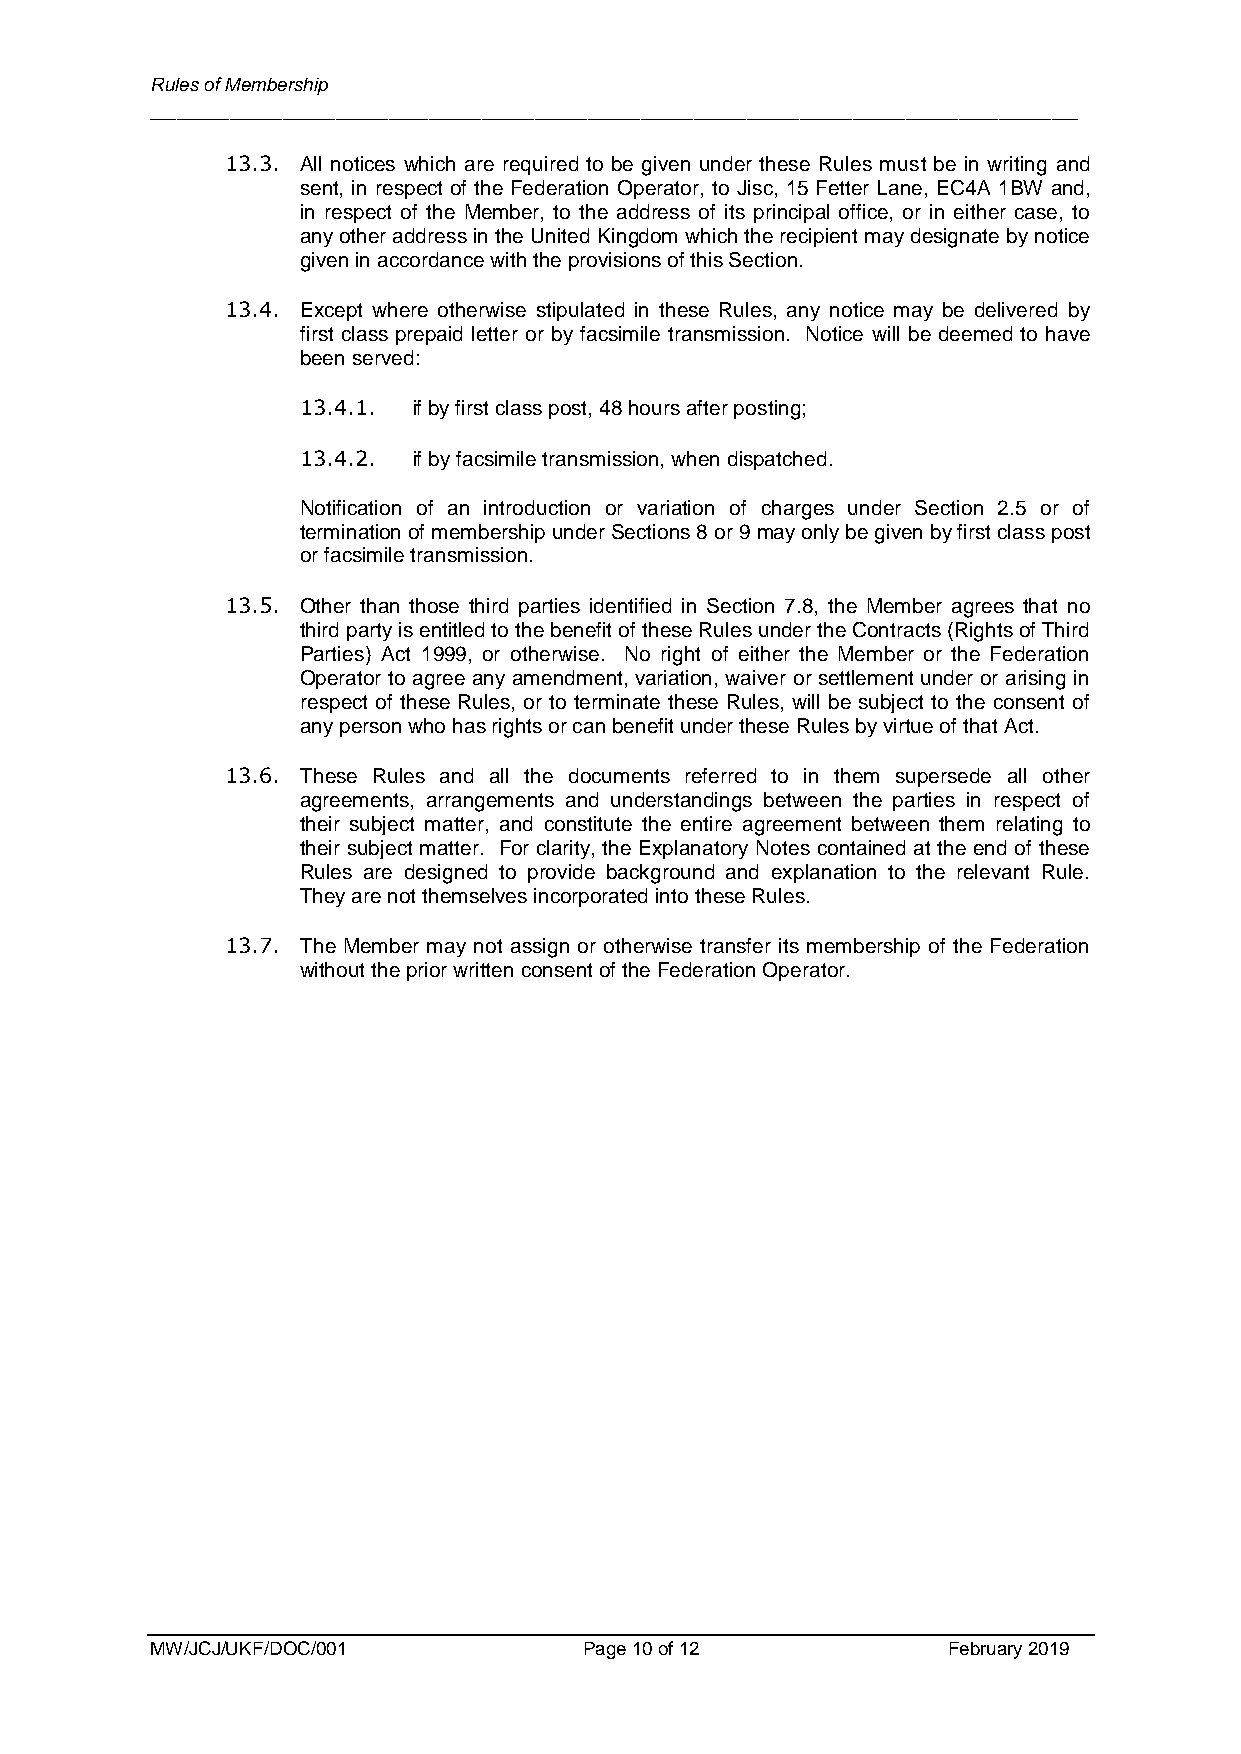
Rules of Membership
 ______________________________________________________________________
 13.3. All notices which are required to be given under these Rules must be in writing and
 sent, in respect of the Federation Operator, to Jisc, 15 Fetter Lane, EC4A 1BW and,
 in respect of the Member, to the address of its principal office, or in either case, to
 any other address in the United Kingdom which the recipient may designate by notice
 given in accordance with the provisions of this Section.
 13.4. Except where otherwise stipulated in these Rules, any notice may be delivered by
 first class prepaid letter or by facsimile transmission. Notice will be deemed to have
 been served:
 13.4.1. if by first class post, 48 hours after posting;
 13.4.2. if by facsimile transmission, when dispatched.
 Notification of an introduction or variation of charges under Section 2.5 or of
 termination of membership under Sections 8 or 9 may only be given by first class post
 or facsimile transmission.
 13.5. Other than those third parties identified in Section 7.8, the Member agrees that no
 third party is entitled to the benefit of these Rules under the Contracts (Rights of Third
 Parties) Act 1999, or otherwise. No right of either the Member or the Federation
 Operator to agree any amendment, variation, waiver or settlement under or arising in
 respect of these Rules, or to terminate these Rules, will be subject to the consent of
 any person who has rights or can benefit under these Rules by virtue of that Act.
 13.6. These Rules and all the documents referred to in them supersede all other
 agreements, arrangements and understandings between the parties in respect of
 their subject matter, and constitute the entire agreement between them relating to
 their subject matter. For clarity, the Explanatory Notes contained at the end of these
 Rules are designed to provide background and explanation to the relevant Rule.
 They are not themselves incorporated into these Rules.
 13.7. The Member may not assign or otherwise transfer its membership of the Federation
 without the prior written consent of the Federation Operator.
 MW/JCJ/UKF/DOC/001           Page 10 of 12           February 2019